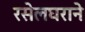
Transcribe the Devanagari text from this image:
रसेलघराने